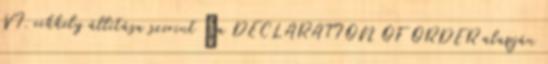
VI. cikkely állítása szerint „a DECLARATION OF ORDER alapján